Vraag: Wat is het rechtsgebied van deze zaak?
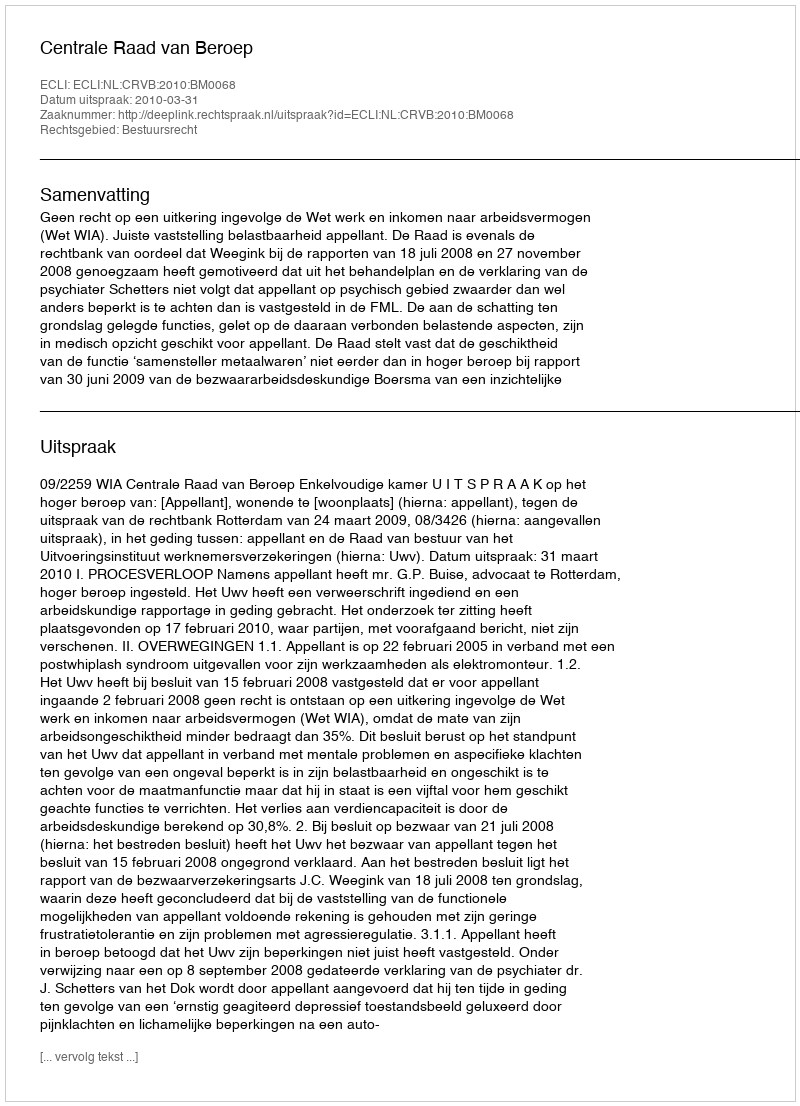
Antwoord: Bestuursrecht